Document type: payment_order
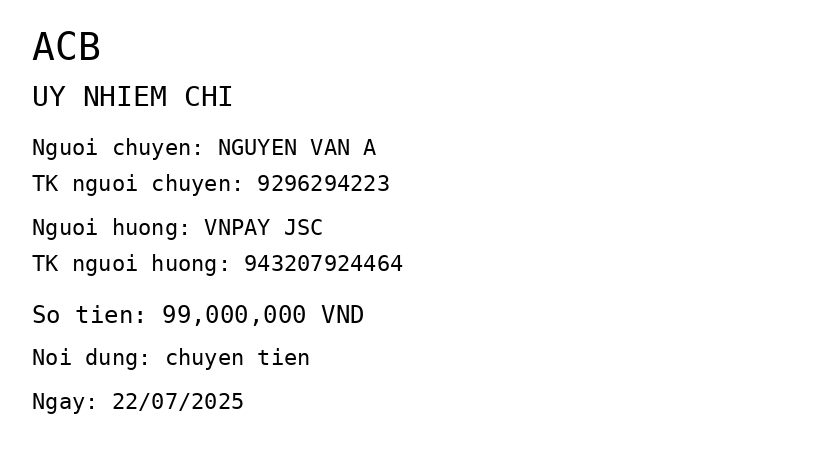
OCR transcript:
ACB
UY NHIEM CHI
Nguoi chuyen: NGUYEN VAN A
TK nguoi chuyen: 9296294223
Nguoi huong: VNPAY JSC
TK nguoi huong: 943207924464
So tien: 99,000,000 VND
Noi dung: chuyen tien
Ngay: 22/07/2025
Extracted fields:
bank_name: acb
sender_name: nguyen van a
sender_account: 9296294223
beneficiary_name: vnpay jsc
beneficiary_account: 943207924464
amount: 99000000
content: chuyen tien
date: 2025-07-22